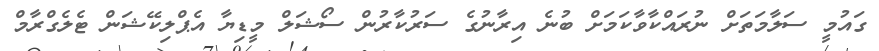
ގައުމީ ސަލާމަތަށް ނުރައްކާވާކަމަށް ބުނެ އިރާނުގެ ސަރުކާރުން ސޯޝަލް މީޑިޔާ އެޕްލިކޭޝަން ޓެލެގްރާމް